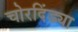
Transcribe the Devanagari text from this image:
चोरदिंड्या